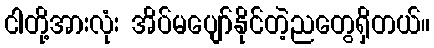
ငါတို့အားလုံး အိပ်မပျော်နိုင်တဲ့ညတွေရှိတယ်။